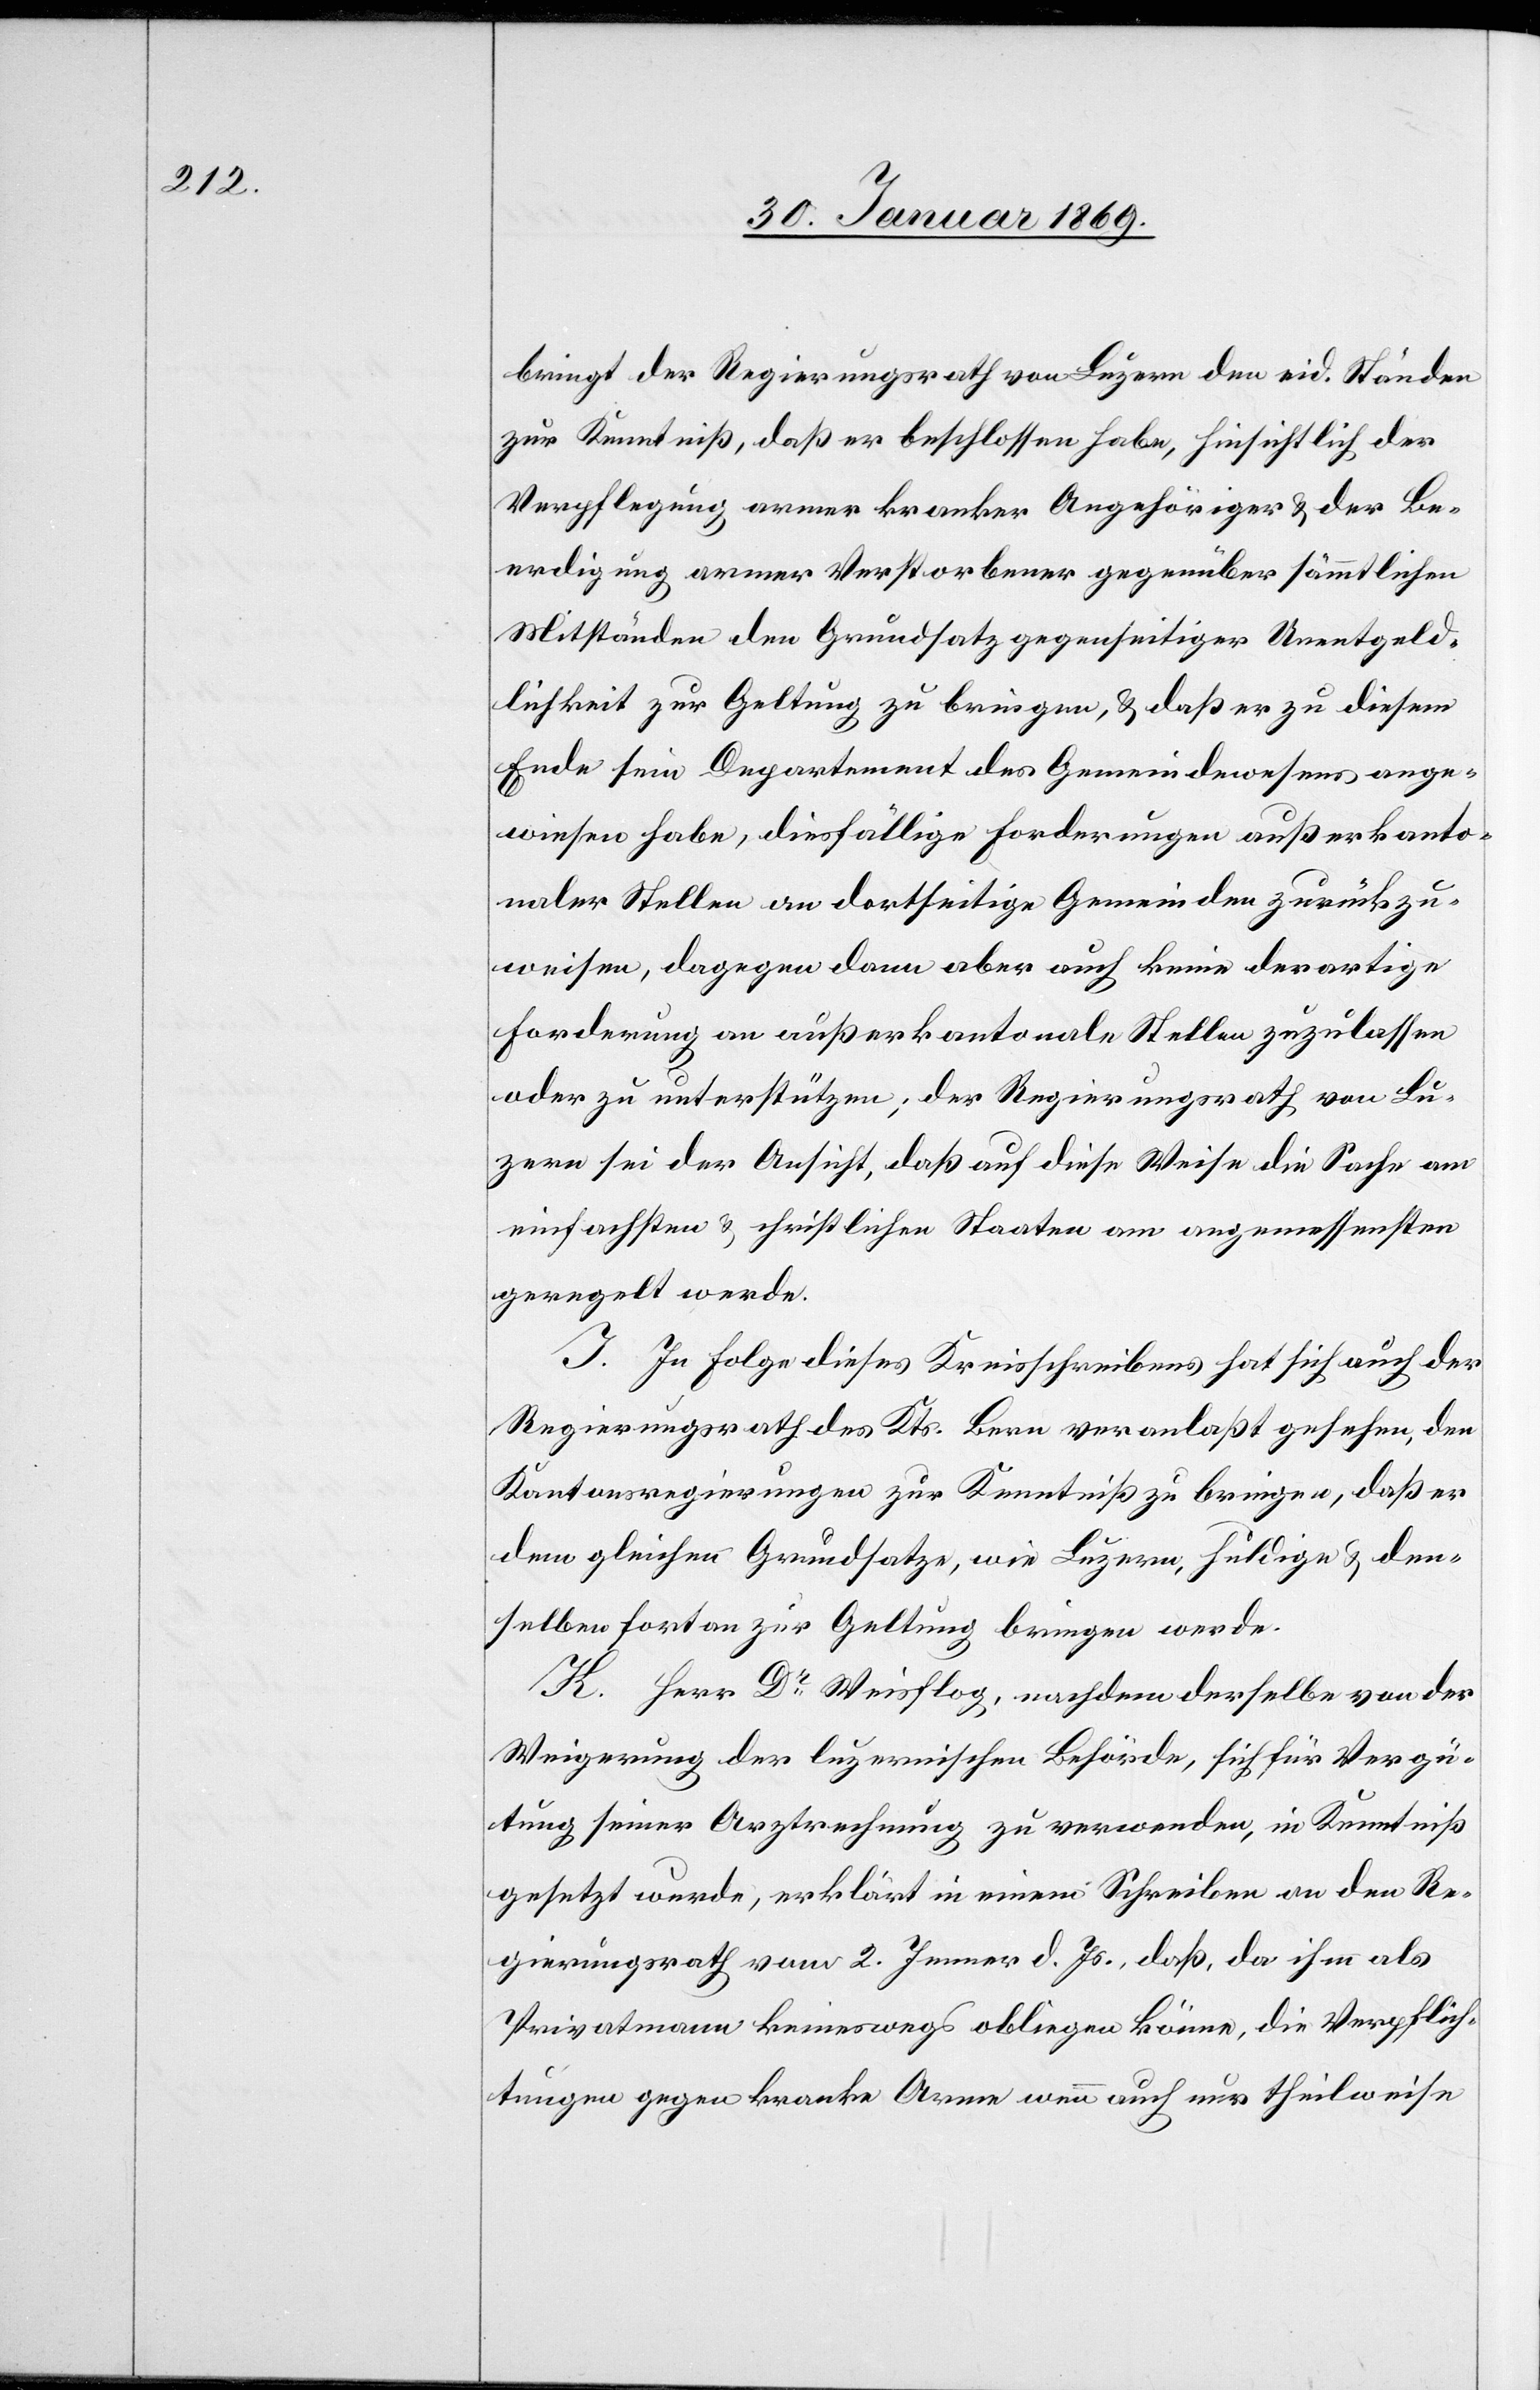
bringt der Regierungsrath von Luzern den eid. Ständen
zur Kenntniß, daß er beschlossen habe, hinsichtlich der
Beerdigung armer Verstorbener gegenüber sämmtlichen
Mitständen den Grundsatz gegenseitiger Unentgeld¬
lichkeit zur Geltung zu bringen, & daß er zu diesem
Ende sein Departement des Gemeindewesens ange¬
wiesen habe, diesfällige Forderungen außer kanto¬
naler Stellen an dortseitige Gemeinden zurückzu¬
weisen, dagegen dann aber auch keine derartige
Forderung an außerkantonale Stellen zuzulassen
oder zu unterstützen; der Regierungsrath von Lu¬
zern sei der Ansicht, daß auf diese Weise die Sache am
einfachsten & christlichen Staaten am angemessensten
geregelt werde.
J. In Folge dieses Kreisschreibens hat sich auch der
Regierungsrath des Kts. Bern veranlaßt gesehen, den
Kantonsregierungen zur Kenntniß zu bringen, daß er
dem gleichen Grundsatze, wie Luzern, huldige & den¬
selben fortan zur Geltung bringen werde.
K. Herr Dr Weisflog, nachdem derselbe von der
Weigerung der luzernischen Behörde, sich für Vergü¬
tung seiner Arztrechnung zu verwenden, in Kenntniß
gesetzt wurde, erklärt in einem Schreiben an den Re¬
gierungsrath vom 2. Jenner d. Js., daß, da ihm als
Privatmann keineswegs obliegen könne, die Verpflich¬
tungen gegen kranke Arme wenn auch nur theilweise